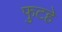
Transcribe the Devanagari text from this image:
फुटहे